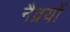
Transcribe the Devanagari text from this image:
नैव्रयों